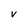
Character: v